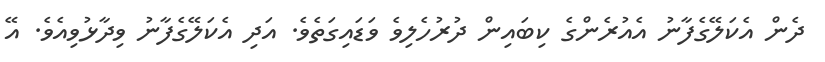
ދެން އެކަލޭގެފާނު އެއުރެންގެ ކިބައިން ދުރުހެލިވެ ވަޑައިގަތެވެ. އަދި އެކަލޭގެފާނު ވިދާޅުވިއެވެ. އޭ